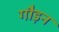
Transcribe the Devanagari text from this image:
गौड़न